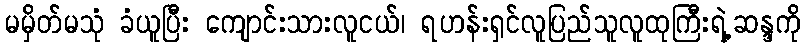
မမှိတ်မသုံ ခံယူပြီး ကျောင်းသားလူငယ်၊ ရဟန်းရှင်လူပြည်သူလူထုကြီးရဲ့ှဆန္ဒကို